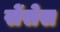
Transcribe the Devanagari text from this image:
सेंसेस